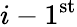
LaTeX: i-1^{\mathrm{st}}